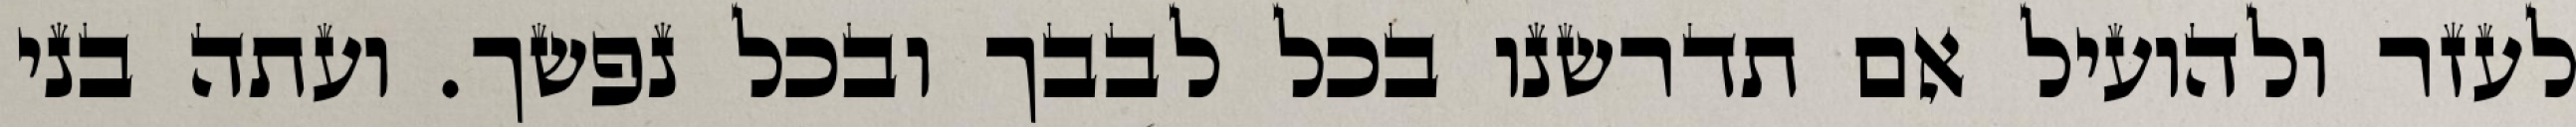
לעזר ולהועיל אם תדרשנו בכל לבבך ובכל נפשך. ועתה בני